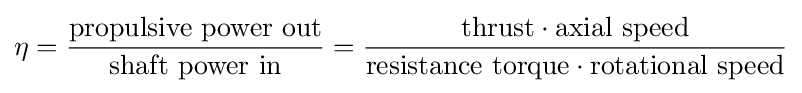
\eta ={\frac {\hbox{propulsive power out}}{\hbox{shaft power in}}}={\frac {{\hbox{thrust}}\cdot {\hbox{axial speed}}}{{\hbox{resistance torque}}\cdot {\hbox{rotational speed}}}}